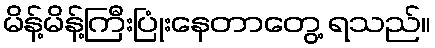
မိန့်မိန့်ကြီးပြုံးနေတာတွေ့ ရသည်။